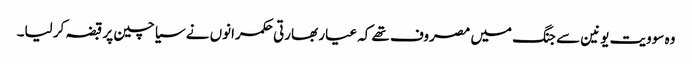
وہ سوویت یونین سے جنگ میں مصروف تھے کہ عیار بھارتی حکمرانوں نے سیاچین پر قبضہ کر لیا۔